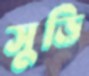
সুড়ি